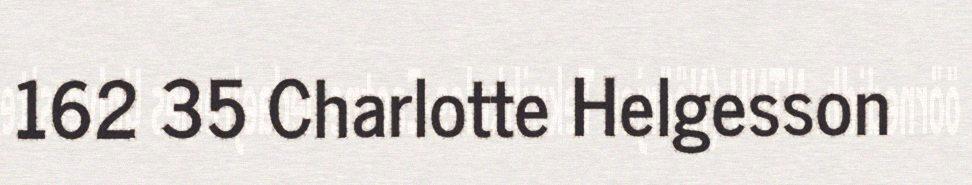
162 35 Charlotte Helgesson